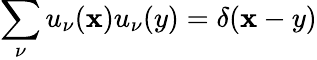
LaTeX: \sum_{\nu}u_{\nu}(\mathbf{x})u_{\nu}(y)=\delta(\mathbf{x}-y)